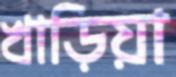
খাড়িয়া